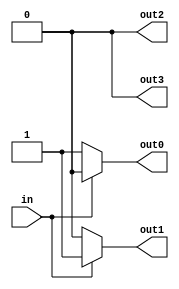
module demux_1to4 (
    input wire in,
    output reg out0,
    output reg out1,
    output reg out2,
    output reg out3
);

always @* begin
    out0 = (in == 2'b00) ? 1'b1 : 1'b0;
    out1 = (in == 2'b01) ? 1'b1 : 1'b0;
    out2 = (in == 2'b10) ? 1'b1 : 1'b0;
    out3 = (in == 2'b11) ? 1'b1 : 1'b0;
end

endmodule